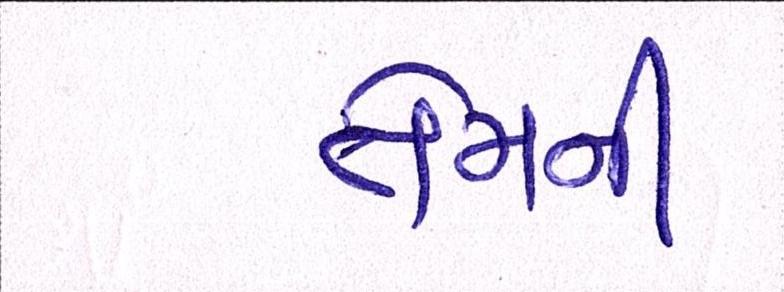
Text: તેમની